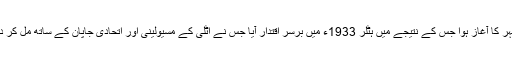
اس جنگ کے بعد کے جرمنی میں’ سفید فام/ آریہ نسلی برتری ‘ کی اس لہر کا آغاز ہوا جس کے نتیجے میں ہٹلر 1933ء میں برسر اقتدار آیا جس نے اٹلی کے مسیولینی اور اتحادی جاپان کے ساتھ مل کر دوسری جنگ عظیم کا آغاز ستمبر 1939ء میں پولینڈ پر حملے سے کیا ۔